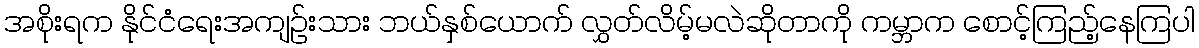
အစိုးရက နိုင်ငံရေးအကျဉ်းသား ဘယ်နှစ်ယောက် လွှတ်လိမ့်မလဲဆိုတာကို ကမ္ဘာက စောင့်ကြည့်နေကြပါ